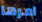
امرها